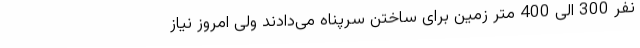
نفر 300 الی 400 متر زمین برای ساختن سرپناه می‌دادند ولی امروز نیاز